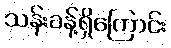
သန်းခန့်ရှိကြောင်း